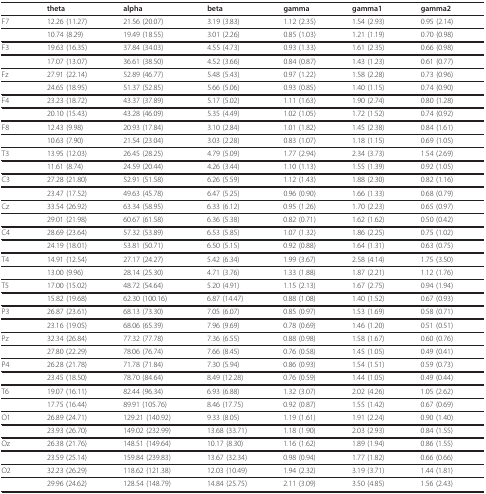
<table><thead><tr><td></td><td><b>theta</b></td><td><b>alpha</b></td><td><b>beta</b></td><td><b>gamma</b></td><td><b>gamma1</b></td><td><b>gamma2</b></td></tr></thead><tbody><tr><td>F7</td><td>12.26 (11.27)</td><td>21.56 (20.07)</td><td>3.19 (3.83)</td><td>1.12 (2.35)</td><td>1.54 (2.93)</td><td>0.95 (2.14)</td></tr><tr><td></td><td>10.74 (8.29)</td><td>19.49 (18.55)</td><td>3.01 (2.26)</td><td>0.85 (1.03)</td><td>1.21 (1.19)</td><td>0.70 (0.98)</td></tr><tr><td>F3</td><td>19.63 (16.35)</td><td>37.84 (34.03)</td><td>4.55 (4.73)</td><td>0.93 (1.33)</td><td>1.61 (2.35)</td><td>0.66 (0.98)</td></tr><tr><td></td><td>17.07 (13.07)</td><td>36.61 (38.50)</td><td>4.52 (3.66)</td><td>0.84 (0.87)</td><td>1.43 (1.23)</td><td>0.61 (0.77)</td></tr><tr><td>Fz</td><td>27.91 (22.14)</td><td>52.89 (46.77)</td><td>5.48 (5.43)</td><td>0.97 (1.22)</td><td>1.58 (2.28)</td><td>0.73 (0.96)</td></tr><tr><td></td><td>24.65 (18.95)</td><td>51.37 (52.85)</td><td>5.66 (5.06)</td><td>0.93 (0.85)</td><td>1.40 (1.15)</td><td>0.74 (0.90)</td></tr><tr><td>F4</td><td>23.23 (18.72)</td><td>43.37 (37.89)</td><td>5.17 (5.02)</td><td>1.11 (1.63)</td><td>1.90 (2.74)</td><td>0.80 (1.28)</td></tr><tr><td></td><td>20.10 (15.43)</td><td>43.28 (46.09)</td><td>5.35 (4.49)</td><td>1.02 (1.05)</td><td>1.72 (1.52)</td><td>0.74 (0.92)</td></tr><tr><td>F8</td><td>12.43 (9.98)</td><td>20.93 (17.84)</td><td>3.10 (2.84)</td><td>1.01 (1.82)</td><td>1.45 (2.38)</td><td>0.84 (1.61)</td></tr><tr><td></td><td>10.63 (7.90)</td><td>21.54 (23.04)</td><td>3.03 (2.28)</td><td>0.83 (1.07)</td><td>1.18 (1.15)</td><td>0.69 (1.05)</td></tr><tr><td>T3</td><td>13.95 (12.03)</td><td>26.45 (28.25)</td><td>4.79 (5.09)</td><td>1.77 (2.94)</td><td>2.34 (3.73)</td><td>1.54 (2.69)</td></tr><tr><td></td><td>11.61 (8.74)</td><td>24.59 (20.44)</td><td>4.26 (3.44)</td><td>1.10 (1.13)</td><td>1.55 (1.39)</td><td>0.92 (1.05)</td></tr><tr><td>C3</td><td>27.28 (21.80)</td><td>52.91 (51.58)</td><td>6.26 (5.59)</td><td>1.12 (1.43)</td><td>1.88 (2.30)</td><td>0.82 (1.16)</td></tr><tr><td></td><td>23.47 (17.52)</td><td>49.63 (45.78)</td><td>6.47 (5.25)</td><td>0.96 (0.90)</td><td>1.66 (1.33)</td><td>0.68 (0.79)</td></tr><tr><td>Cz</td><td>33.54 (26.92)</td><td>63.34 (58.95)</td><td>6.33 (6.12)</td><td>0.95 (1.26)</td><td>1.70 (2.23)</td><td>0.65 (0.97)</td></tr><tr><td></td><td>29.01 (21.98)</td><td>60.67 (61.58)</td><td>6.36 (5.38)</td><td>0.82 (0.71)</td><td>1.62 (1.62)</td><td>0.50 (0.42)</td></tr><tr><td>C4</td><td>28.69 (23.64)</td><td>57.32 (53.89)</td><td>6.53 (5.85)</td><td>1.07 (1.32)</td><td>1.86 (2.25)</td><td>0.75 (1.02)</td></tr><tr><td></td><td>24.19 (18.01)</td><td>53.81 (50.71)</td><td>6.50 (5.15)</td><td>0.92 (0.88)</td><td>1.64 (1.31)</td><td>0.63 (0.75)</td></tr><tr><td>T4</td><td>14.91 (12.54)</td><td>27.17 (24.27)</td><td>5.42 (6.34)</td><td>1.99 (3.67)</td><td>2.58 (4.14)</td><td>1.75 (3.50)</td></tr><tr><td></td><td>13.00 (9.96)</td><td>28.14 (25.30)</td><td>4.71 (3.76)</td><td>1.33 (1.88)</td><td>1.87 (2.21)</td><td>1.12 (1.76)</td></tr><tr><td>T5</td><td>17.00 (15.02)</td><td>48.72 (54.64)</td><td>5.20 (4.91)</td><td>1.15 (2.13)</td><td>1.67 (2.75)</td><td>0.94 (1.94)</td></tr><tr><td></td><td>15.82 (19.68)</td><td>62.30 (100.16)</td><td>6.87 (14.47)</td><td>0.88 (1.08)</td><td>1.40 (1.52)</td><td>0.67 (0.93)</td></tr><tr><td>P3</td><td>26.87 (23.61)</td><td>68.13 (73.30)</td><td>7.05 (6.07)</td><td>0.85 (0.97)</td><td>1.53 (1.69)</td><td>0.58 (0.71)</td></tr><tr><td></td><td>23.16 (19.05)</td><td>68.06 (65.39)</td><td>7.96 (9.69)</td><td>0.78 (0.69)</td><td>1.46 (1.20)</td><td>0.51 (0.51)</td></tr><tr><td>Pz</td><td>32.34 (26.84)</td><td>77.32 (77.78)</td><td>7.36 (6.55)</td><td>0.88 (0.98)</td><td>1.58 (1.67)</td><td>0.60 (0.76)</td></tr><tr><td></td><td>27.80 (22.29)</td><td>78.06 (76.74)</td><td>7.66 (8.45)</td><td>0.76 (0.58)</td><td>1.45 (1.05)</td><td>0.49 (0.41)</td></tr><tr><td>P4</td><td>26.28 (21.78)</td><td>71.78 (71.84)</td><td>7.30 (5.94)</td><td>0.86 (0.93)</td><td>1.54 (1.51)</td><td>0.59 (0.73)</td></tr><tr><td></td><td>23.45 (18.50)</td><td>78.70 (84.64)</td><td>8.49 (12.28)</td><td>0.76 (0.59)</td><td>1.44 (1.05)</td><td>0.49 (0.44)</td></tr><tr><td>T6</td><td>19.07 (16.11)</td><td>82.44 (96.34)</td><td>6.93 (6.88)</td><td>1.32 (3.07)</td><td>2.02 (4.26)</td><td>1.05 (2.62)</td></tr><tr><td></td><td>17.75 (16.44)</td><td>89.91 (105.76)</td><td>8.46 (17.75)</td><td>0.92 (0.87)</td><td>1.55 (1.42)</td><td>0.67 (0.69)</td></tr><tr><td>O1</td><td>26.89 (24.71)</td><td>129.21 (140.92)</td><td>9.33 (8.05)</td><td>1.19 (1.61)</td><td>1.91 (2.24)</td><td>0.90 (1.40)</td></tr><tr><td></td><td>23.93 (26.70)</td><td>149.02 (232.99)</td><td>13.68 (33.71)</td><td>1.18 (1.90)</td><td>2.03 (2.93)</td><td>0.84 (1.55)</td></tr><tr><td>Oz</td><td>26.38 (21.76)</td><td>148.51 (149.64)</td><td>10.17 (8.30)</td><td>1.16 (1.62)</td><td>1.89 (1.94)</td><td>0.86 (1.55)</td></tr><tr><td></td><td>23.59 (25.14)</td><td>159.84 (239.83)</td><td>13.67 (32.34)</td><td>0.98 (0.94)</td><td>1.77 (1.82)</td><td>0.66 (0.66)</td></tr><tr><td>O2</td><td>32.23 (26.29)</td><td>118.62 (121.38)</td><td>12.03 (10.49)</td><td>1.94 (2.32)</td><td>3.19 (3.71)</td><td>1.44 (1.81)</td></tr><tr><td></td><td>29.96 (24.62)</td><td>128.54 (148.79)</td><td>14.84 (25.75)</td><td>2.11 (3.09)</td><td>3.50 (4.85)</td><td>1.56 (2.43)</td></tr></tbody></table>